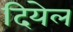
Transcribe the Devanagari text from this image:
दियेल